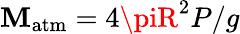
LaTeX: \mathbf{M}_{\mathrm{{atm}}}=4\piR^{2}P/g